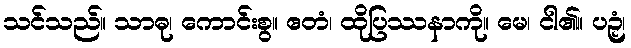
သင်သည်။ သာဓု၊ ကောင်းစွ။ ဧတံ၊ ထိုပြဿနာကို။ မေ၊ ငါ၏။ ပဉှံ၊